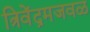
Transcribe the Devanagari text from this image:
त्रिवेंद्रमजवळ